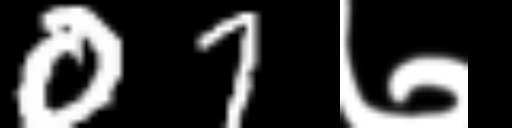
Text: 07७